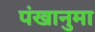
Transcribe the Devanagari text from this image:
पंखानुमा